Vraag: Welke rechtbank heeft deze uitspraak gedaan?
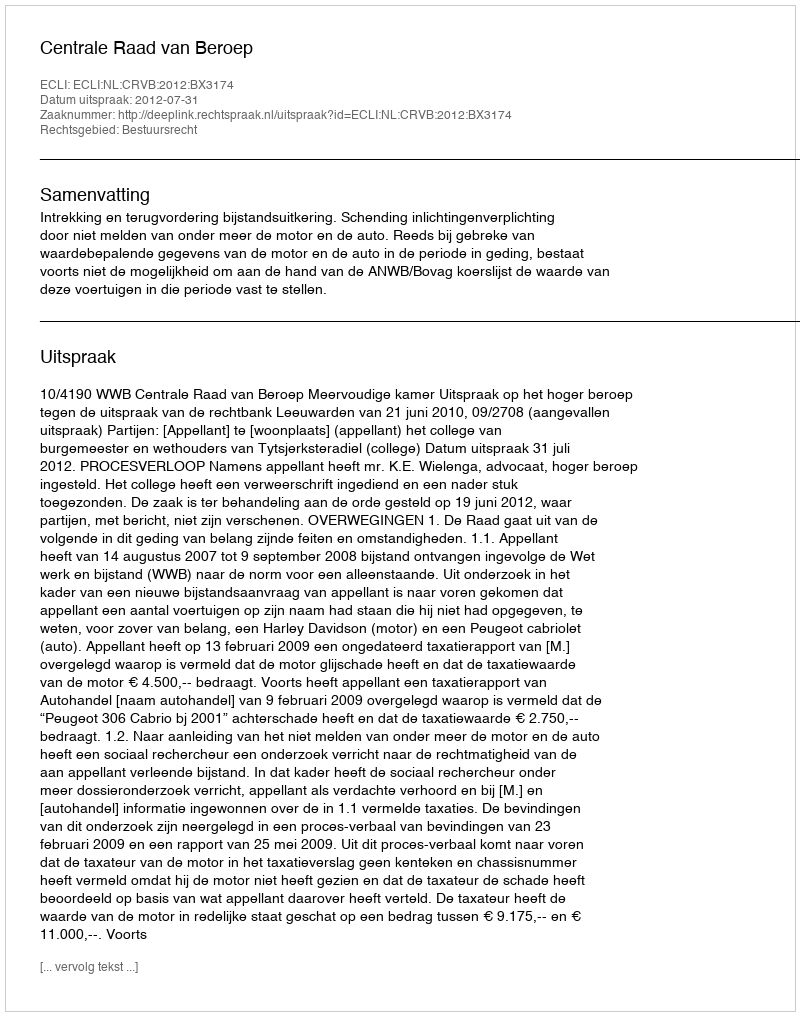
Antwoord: Centrale Raad van Beroep